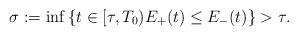
LaTeX: \begin{align*} \sigma:=\inf\left\{ t\in [\tau,T_0) E_+(t)\leq E_-(t)\right\}>\tau.\end{align*}